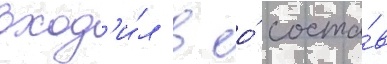
вход'и́л в ео́ соста́в